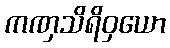
ကဏှသိရိဝှယော